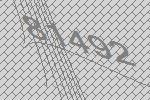
81492